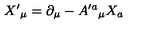
X ^ { \prime } { } _ { \mu } = \partial _ { \mu } - A ^ { \prime a } { } _ { \mu } X _ { a }